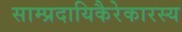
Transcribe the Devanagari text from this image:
साम्प्रदायिकैरेकारस्य